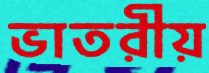
ভাতরীয়